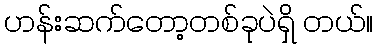
ဟန်းဆက်တော့တစ်ခုပဲရှိ တယ်။